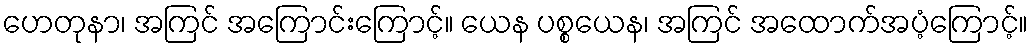
ဟေတုနာ၊ အကြင် အကြောင်းကြောင့်။ ယေန ပစ္စယေန၊ အကြင် အထောက်အပံ့ကြောင့်။